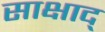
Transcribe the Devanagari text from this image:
साक्षाद्